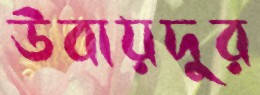
উবায়দুর